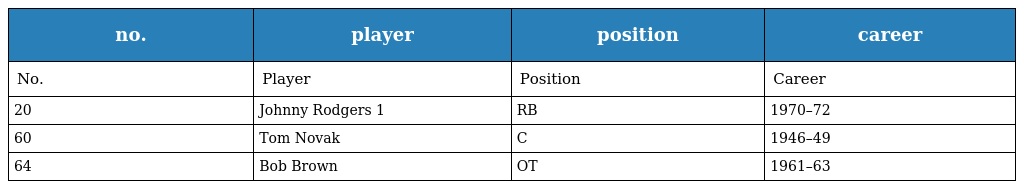
| no. | player | position | career |
 | --- | --- | --- | --- |
 | No. | Player | Position | Career |
 | 20 | Johnny Rodgers 1 | RB | 1970–72 |
 | 60 | Tom Novak | C | 1946–49 |
 | 64 | Bob Brown | OT | 1961–63 |